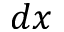
d x